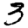
Digit: 3